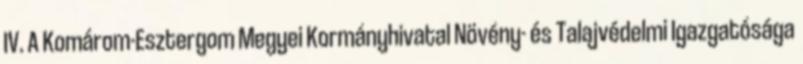
IV. A Komárom-Esztergom Megyei Kormányhivatal Növény- és Talajvédelmi Igazgatósága